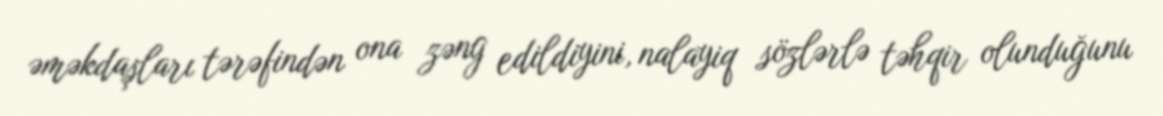
əməkdaşları tərəfindən ona zəng edildiyini, nalayiq sözlərlə təhqir olunduğunu